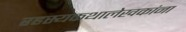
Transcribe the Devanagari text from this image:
रहस्यकथालेखकांना